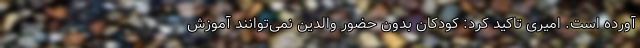
آورده است. امیری تاکید کرد: کودکان بدون حضور والدین نمی‌توانند آموزش